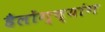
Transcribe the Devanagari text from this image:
हैलोंग्च्यांग